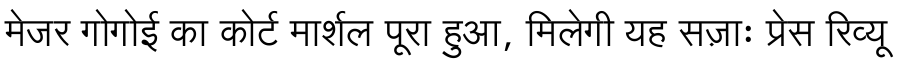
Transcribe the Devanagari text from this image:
मेजर गोगोई का कोर्ट मार्शल पूरा हुआ, मिलेगी यह सज़ाः प्रेस रिव्यू